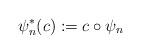
LaTeX: \begin{align*}\psi_n^*(c) := c \circ \psi_n\end{align*}